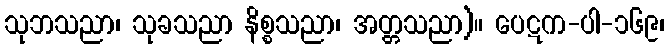
သုဘသညာ၊ သုခသညာ နိစ္စသညာ၊ အတ္တသညာ)။ ပေဋက-ပါ-၁၆၉၊